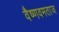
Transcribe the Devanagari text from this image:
वैष्णवमताज